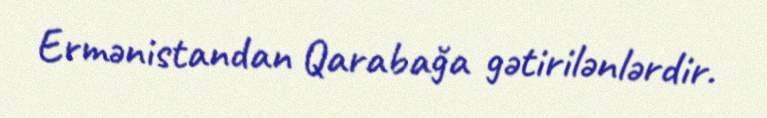
Ermənistandan Qarabağa gətirilənlərdir.